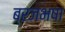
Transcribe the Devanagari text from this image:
ब्रजभषा